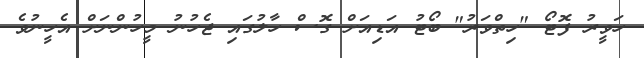
ހަވީރު ފޮޓޯ "ހިތްވަރު" ބޯޓު އަޑިއަށް ގޮސް ހާލުގައި ޖެހުނު މީހުންނަށް އެހީނުވެ